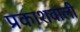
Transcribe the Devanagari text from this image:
प्रकाशवाली